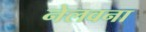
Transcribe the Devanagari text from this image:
नेलवना